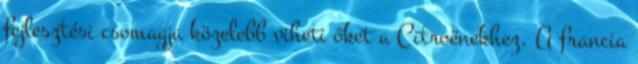
fejlesztési csomagja közelebb viheti őket a Citroënekhez. A francia